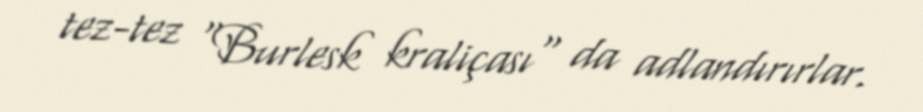
tez-tez "Burlesk kraliçası" da adlandırırlar.